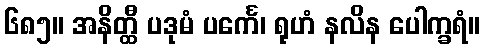
၆၈၅။ အနိတ္ထီ ပဒုမံ ပင်္ကေ၊ ရုဟံ နလိန ပေါက္ခရံ။